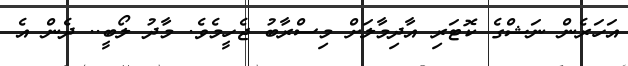
އަހަރެން ނަޝްގެ ކޮޓަރި އާދިމާލަށް މިސްރާބު ޖެހީމެވެ. މާދު ލޯބީ.. ދެން އެ